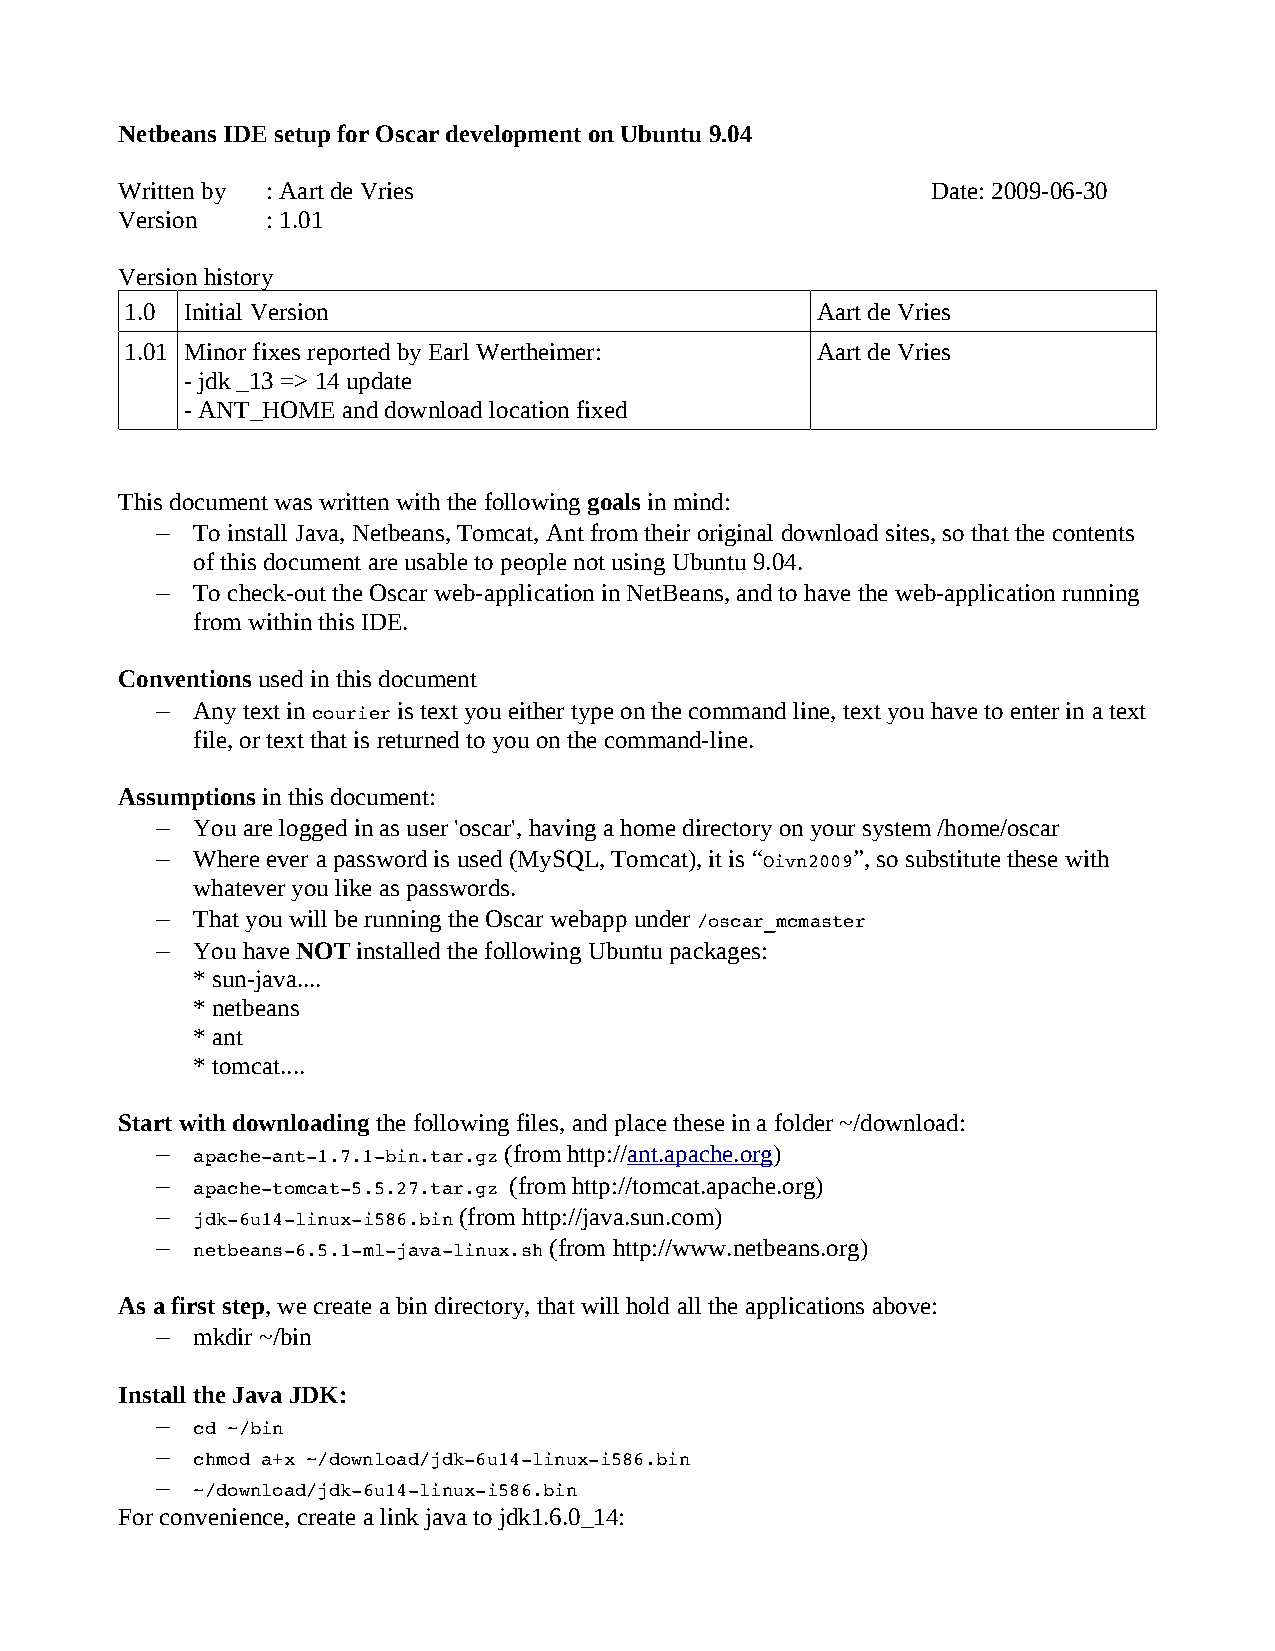
Netbeans IDE setup for Oscar development on Ubuntu 9.04
 Written by : Aart de Vries                            Date: 2009-06-30
 Version   : 1.01
 Version history
 1.0 Initial Version                           Aart de Vries
 1.01 Minor fixes reported by Earl Wertheimer: Aart de Vries
 - jdk _13 => 14 update
 - ANT_HOME and download location fixed
 This document was written with the following goals in mind:
 –  To install Java, Netbeans, Tomcat, Ant from their original download sites, so that the contents
 of this document are usable to people not using Ubuntu 9.04.
 –  To check-out the Oscar web-application in NetBeans, and to have the web-application running
 from within this IDE.
 Conventions used in this document
 –  Any text in  is text you either type on the command line, text you have to enter in a text
 courier
 file, or text that is returned to you on the command-line.
 Assumptions in this document:
 –  You are logged in as user 'oscar', having a home directory on your system /home/oscar
 –  Where ever a password is used (MySQL, Tomcat), it is “ ”, so substitute these with
 Oivn2009
 whatever you like as passwords.
 –  That you will be running the Oscar webapp under
 /oscar_mcmaster
 –  You have NOT installed the following Ubuntu packages:
 * sun-java....
 * netbeans
 * ant
 * tomcat....
 Start with downloading the following files, and place these in a folder ~/download:
 –                      (from http://ant.apache.org)
 apache­ant­1.7.1­bin.tar.gz
 –                       (from http://tomcat.apache.org)
 apache­tomcat­5.5.27.tar.gz
 –                   (from http://java.sun.com)
 jdk­6u14­linux­i586.bin
 –                         (from http://www.netbeans.org)
 netbeans­6.5.1­ml­java­linux.sh
 As a first step, we create a bin directory, that will hold all the applications above:
 –  mkdir ~/bin
 Install the Java JDK:
 –
 cd ~/bin
 –
 chmod a+x ~/download/jdk­6u14­linux­i586.bin
 –
 ~/download/jdk­6u14­linux­i586.bin
 For convenience, create a link java to jdk1.6.0_14: